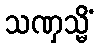
သဏှသ္မိံ